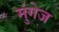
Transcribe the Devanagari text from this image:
मुंगेज